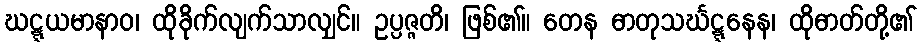
ဃဋ္ဋယမာနာဝ၊ ထိုခိုက်လျက်သာလျှင်။ ဥပ္ပဇ္ဇတိ၊ ဖြစ်၏။ တေန ဓာတုသင်္ဃဋ္ဋနေန၊ ထိုဓာတ်တို့၏